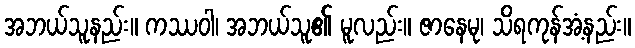
အဘယ်သူနည်း။ ကဿဝါ၊ အဘယ်သူ၏ မူလည်း။ ဇာနေမု၊ သိရကုန်အံ့နည်း။